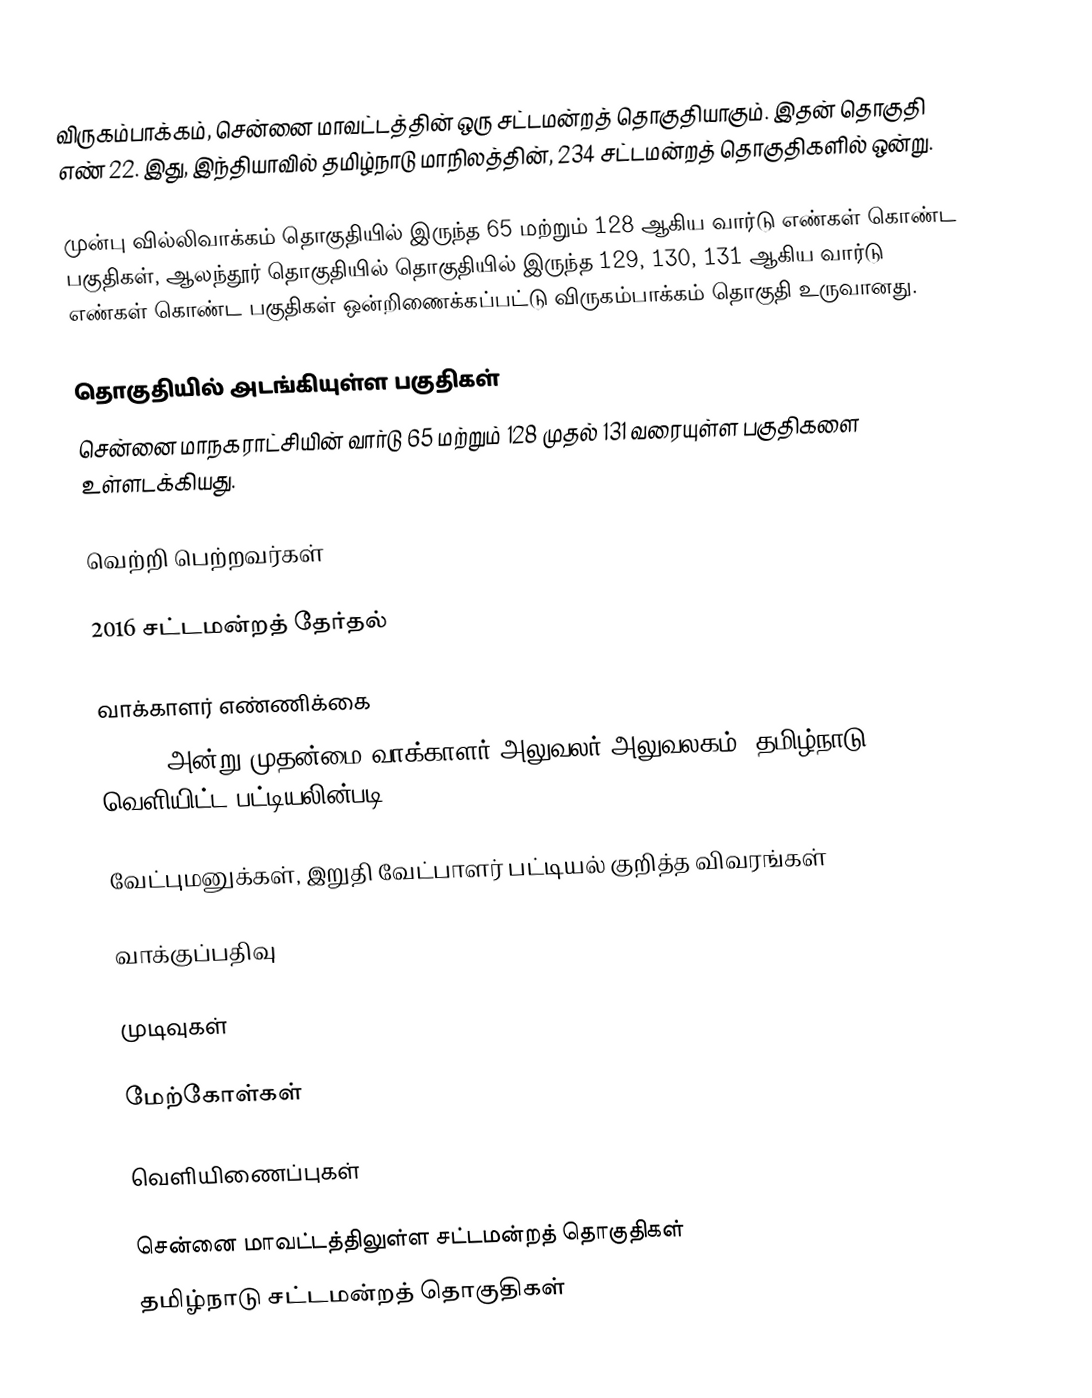
விருகம்பாக்கம், சென்னை மாவட்டத்தின் ஒரு சட்டமன்றத் தொகுதியாகும். இதன் தொகுதி எண் 22. இது, இந்தியாவில் தமிழ்நாடு மாநிலத்தின், 234 சட்டமன்றத் தொகுதிகளில் ஒன்று.

முன்பு வில்லிவாக்கம் தொகுதியில் இருந்த 65 மற்றும் 128 ஆகிய வார்டு எண்கள் கொண்ட பகுதிகள், ஆலந்தூர் தொகுதியில் தொகுதியில் இருந்த 129, 130, 131 ஆகிய வார்டு எண்கள் கொண்ட பகுதிகள் ஒன்றிணைக்கப்பட்டு விருகம்பாக்கம் தொகுதி உருவானது.

தொகுதியில் அடங்கியுள்ள பகுதிகள்
சென்னை மாநகராட்சியின் வார்டு 65 மற்றும் 128 முதல் 131 வரையுள்ள பகுதிகளை உள்ளடக்கியது.

வெற்றி பெற்றவர்கள்

2016 சட்டமன்றத் தேர்தல்

வாக்காளர் எண்ணிக்கை
, 2016 அன்று முதன்மை வாக்காளர் அலுவலர் அலுவலகம், தமிழ்நாடு வெளியிட்ட பட்டியலின்படி,

வேட்புமனுக்கள், இறுதி வேட்பாளர் பட்டியல் குறித்த விவரங்கள்

வாக்குப்பதிவு

முடிவுகள்

மேற்கோள்கள்

வெளியிணைப்புகள்

சென்னை மாவட்டத்திலுள்ள சட்டமன்றத் தொகுதிகள்
தமிழ்நாடு சட்டமன்றத் தொகுதிகள்